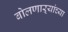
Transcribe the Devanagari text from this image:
बोलणाऱ्यांच्या